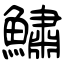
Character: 鱐